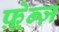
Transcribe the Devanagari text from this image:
फ़्रेन्ज़